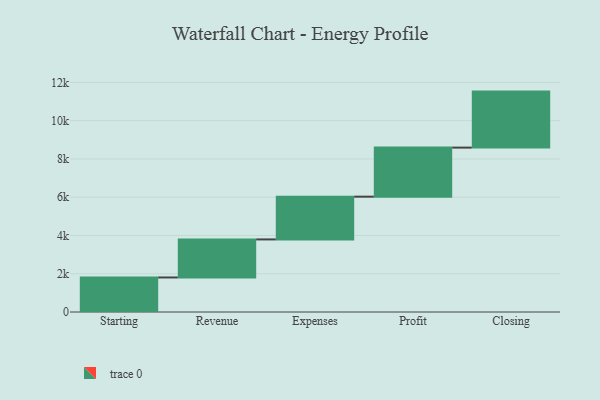
{"axis": {"x": "Step", "y": "Value"}, "legend": [""], "data": [{"x": "Starting", "y": 1805.0, "type": ""}, {"x": "Revenue", "y": 1988.0, "type": ""}, {"x": "Expenses", "y": 2235.0, "type": ""}, {"x": "Profit", "y": 2565.0, "type": ""}, {"x": "Closing", "y": 2927.0, "type": ""}]}